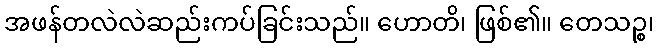
အဖန်တလဲလဲဆည်းကပ်ခြင်းသည်။ ဟောတိ၊ ဖြစ်၏။ တေသဉ္စ၊